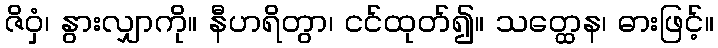
ဇိဝှံ၊ နွားလျှာကို။ နီဟရိတွာ၊ ငင်ထုတ်၍။ သတ္ထေန၊ ဓားဖြင့်။